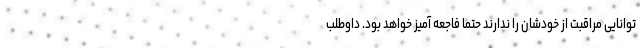
توانایی مراقبت از خودشان را ندارند حتما فاجعه آمیز خواهد بود. داوطلب